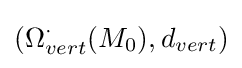
(\Omega _{vert}^{\cdot }(M_{0}),d_{vert})